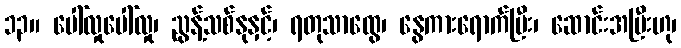
၁၃။ ပေါ်လှုပေါ်လှု၊ ညွန့်သစ်နုနှင့်၊ ရတုသာထွေ၊ နွေကားရောက်ပြီး၊ ဆောင်းအမြီးဟု၊